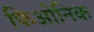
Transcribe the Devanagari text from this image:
फिओनिक